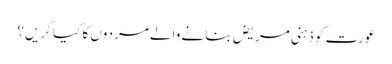
عورت کو ذہنی مریض بنانے والے مردوں کا کیا کریں؟